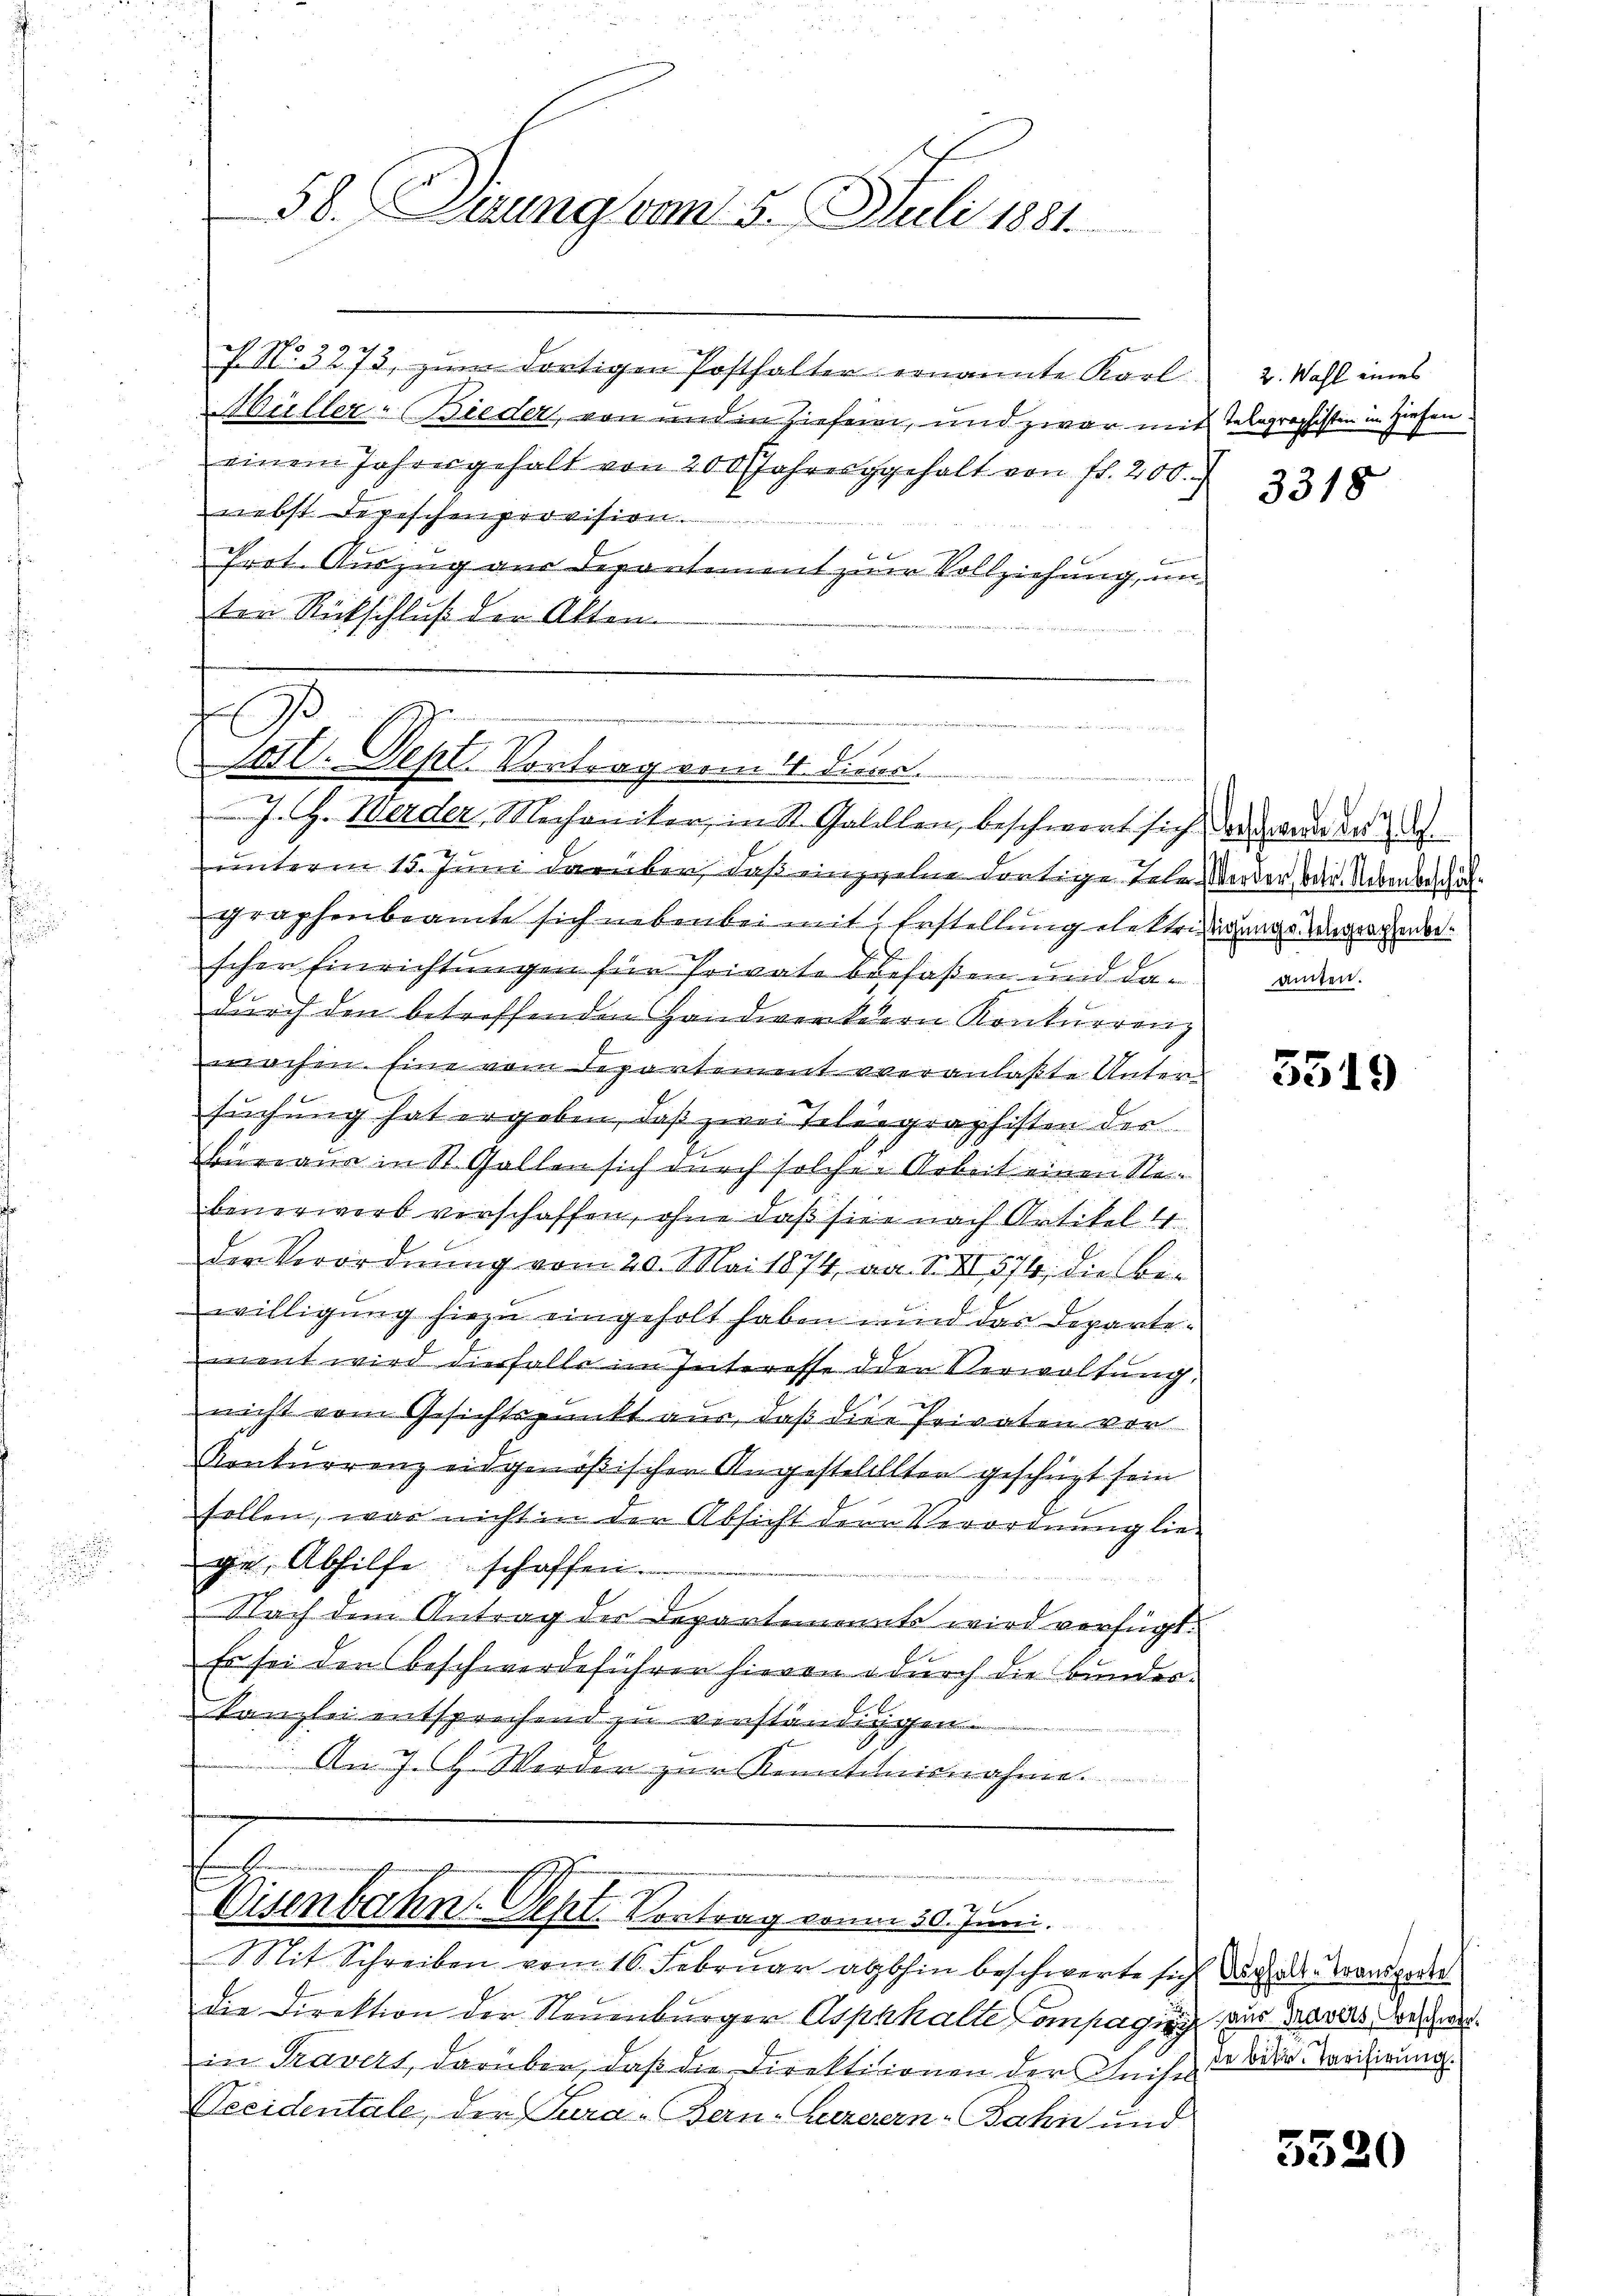
58. Derung vom 5. Juli 1881.

ff No 3273, zum dortigen Posthalter ernannte Karl
Wüller-Bieder, von und in Ziehern, und zwar mit
einem Jahrengehalt von 200 Jahresgehalt von fl. 200
nebst Depeschenprovision.
Prot. Auszug aus Departement zum Vollziehung, un
ten Rückschluß der Akten.
J. G. Werder, Mechaniker, in St. Gabellen, beschwert sich der ande d
unterm 15. Juni darüber, daß einzelne dortige Tele werder oder Nebenbeschäfgraphenbeamte sich nebenbei mit Erstellung elektrisirungsbegrechende
scher Einrichtungen für Private befaßen und dadurch den betreffenden Handwerkern Konkurrenz
machen. Eine vom Departement veranlaßte Untersuchung hat ergeben, daß zwei Telegraphisten des
Bureaus in St. Gallen sich durch solcher Arbeit einen Rebenerwerb verschaffen, ohne daß sie nach Artikel u.
e
der Verordnung vom 20. Mai 1874, an: 1. II 574, die Be-
willigung hiezu eingeholt haben und das Departement wird diesfalle im Interesse der Verwaltung,
x
nicht vom Gesichtspunkt aus, daß die Privaten vor
Konkurrenz eidgenößischen Angestelellten geschüzt sein
sollen, was nicht in der Absicht dere Verordnung liege, Abhilfe schaffen.
Nach dem Antrag der Departenannte wird verfügt:
Es sei der Beschwerdeführer hievon durch die Bunderkanzlei entsprechend zu verständingen.
An J. G. Werder zur Kenntnisnahme.
eesen den in der e
2
2
Disenbahn. Sept. Kontrag von 30. Juni.
Mit Schreiben vom 16. Februar abhin beschwerte sich doch der Transpoden
die Direktion der Neuenburger Asphhalte Compagny, der Tavers der Gele
in Travert, darüber, daß die Direktionen der Geist de der Varidierung.
Neeidentale, der Jura - Bern, Luzerern-Jahn und

e
wissen und eine an es sich sah ich es in werden, wo der an der
Sal. Sept. Vortrag vom 4. Diens.
dt der

2. Wahl eines
Telegraphisten in Ziehen

3318

amten.

5519

5520